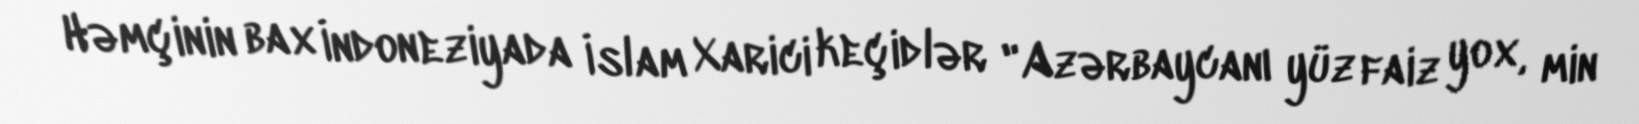
Həmçinin bax İndoneziyada İslam Xarici keçidlər "Azərbaycanı yüz faiz yox, min